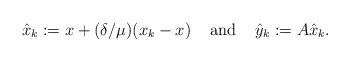
LaTeX: \begin{align*}\hat x_k:=x+(\delta/\mu)(x_k-x)~~~\operatorname{and}~~~\hat y_k:=A \hat x_k.\end{align*}